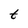
Character: t